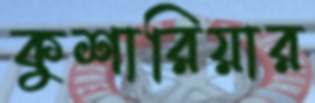
কুশারিয়ার